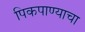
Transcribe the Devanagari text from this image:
पिकपाण्याचा